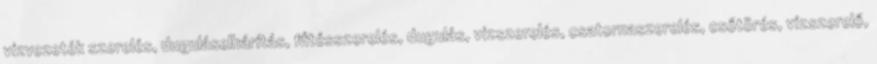
vízvezeték szerelés, duguláselhárítás, fűtésszerelés, dugulás, vízszerelés, csatornaszerelés, csőtörés, vízszerelő,